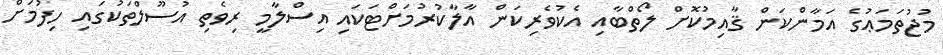
މުޖުތަމަޢުގެ އަމާންކަން ޤާއިމުކޮށް ލޯތްބާއި އެކުވެރިކަން އާލާކުރުމަށްޓަކައި އިސްލާމީ ރިވެތި އުސޫލްތަކުގައި ހިފުމަށް